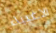
الاغبياء